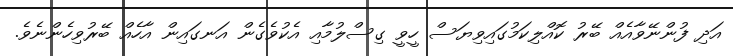
އަދި ފުންނޭވާއެއް ބޭރު ކޮއްލިކަމުގައިވިޔަސް ހީވީ ގިސްލުމާއި އެކުވެގެން އަނގައިން އާހެއް ބޭރުވިހެންނެވެ.